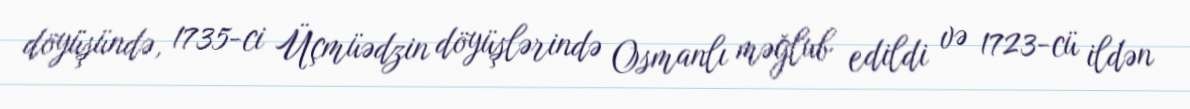
döyüşündə, 1735-ci Üçmüədzin döyüşlərində Osmanlı məğlub edildi və 1723-cü ildən